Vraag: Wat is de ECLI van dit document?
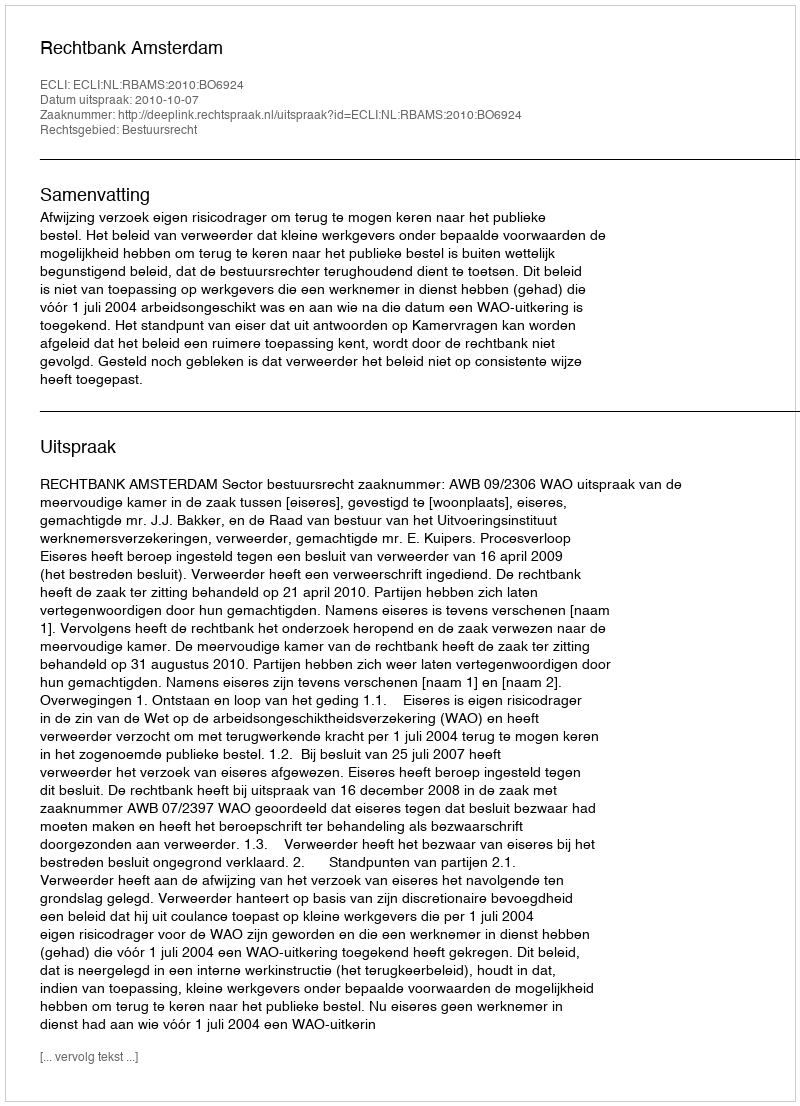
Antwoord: ECLI:NL:RBAMS:2010:BO6924